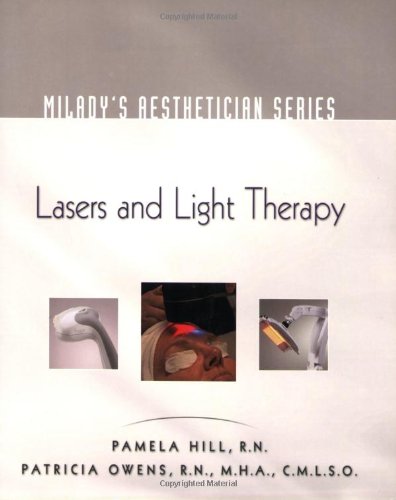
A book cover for Milady's Aesthetician Series: Lasers and Light Therapy; Pamela Hill; Health, Fitness & Dieting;